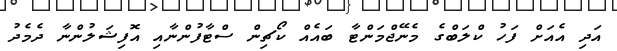
އަދި އެއަށް ފަހު ކްލަބްގެ މެނޭޖްމަންޓާ ބައެއް ކޯޗިން ސްޓާފުންނާއި އޮފިޝަލުންނާ ދެމެދު